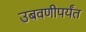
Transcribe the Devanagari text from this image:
उबवणीपर्यंत